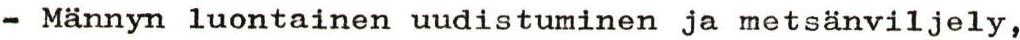
- Männyn luontainen uudistuminen ja metsänviljely,